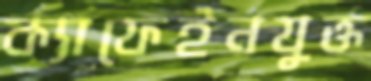
ক্যাফেইনযুক্ত